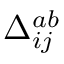
\Delta _ { i j } ^ { a b }